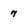
Character: 7